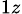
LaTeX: _{1z}